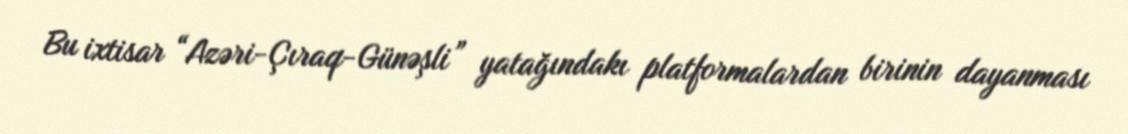
Bu ixtisar “Azəri-Çıraq-Günəşli” yatağındakı platformalardan birinin dayanması